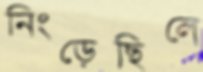
নিংড়েছিলে